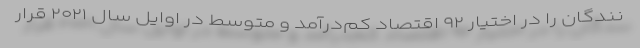
نندگان را در اختیار ۹۲ اقتصاد کم‌درآمد و متوسط در اوایل سال ۲۰۲۱ قرار